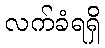
လက်ခံရရှိ